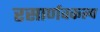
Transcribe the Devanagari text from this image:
रसार्णवकल्प